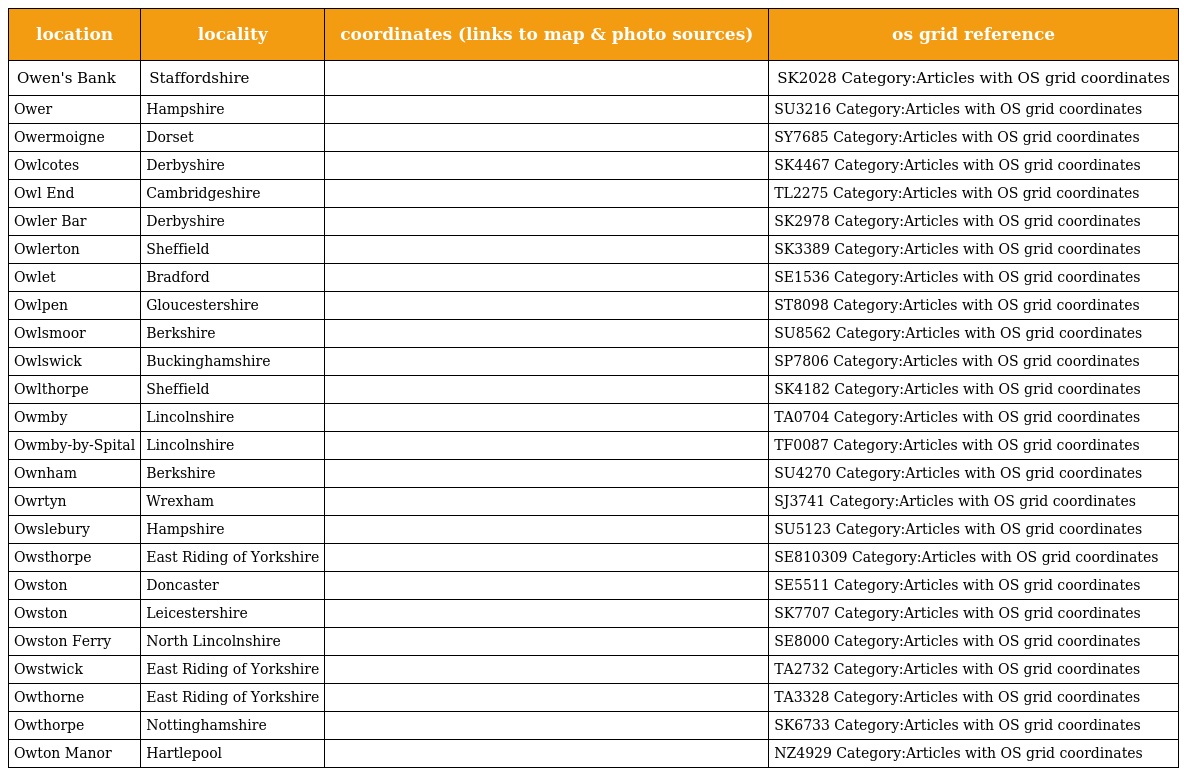
| location | locality | coordinates (links to map & photo sources) | os grid reference |
 | --- | --- | --- | --- |
 | Owen's Bank | Staffordshire |  | SK2028 Category:Articles with OS grid coordinates |
 | Ower | Hampshire |  | SU3216 Category:Articles with OS grid coordinates |
 | Owermoigne | Dorset |  | SY7685 Category:Articles with OS grid coordinates |
 | Owlcotes | Derbyshire |  | SK4467 Category:Articles with OS grid coordinates |
 | Owl End | Cambridgeshire |  | TL2275 Category:Articles with OS grid coordinates |
 | Owler Bar | Derbyshire |  | SK2978 Category:Articles with OS grid coordinates |
 | Owlerton | Sheffield |  | SK3389 Category:Articles with OS grid coordinates |
 | Owlet | Bradford |  | SE1536 Category:Articles with OS grid coordinates |
 | Owlpen | Gloucestershire |  | ST8098 Category:Articles with OS grid coordinates |
 | Owlsmoor | Berkshire |  | SU8562 Category:Articles with OS grid coordinates |
 | Owlswick | Buckinghamshire |  | SP7806 Category:Articles with OS grid coordinates |
 | Owlthorpe | Sheffield |  | SK4182 Category:Articles with OS grid coordinates |
 | Owmby | Lincolnshire |  | TA0704 Category:Articles with OS grid coordinates |
 | Owmby-by-Spital | Lincolnshire |  | TF0087 Category:Articles with OS grid coordinates |
 | Ownham | Berkshire |  | SU4270 Category:Articles with OS grid coordinates |
 | Owrtyn | Wrexham |  | SJ3741 Category:Articles with OS grid coordinates |
 | Owslebury | Hampshire |  | SU5123 Category:Articles with OS grid coordinates |
 | Owsthorpe | East Riding of Yorkshire |  | SE810309 Category:Articles with OS grid coordinates |
 | Owston | Doncaster |  | SE5511 Category:Articles with OS grid coordinates |
 | Owston | Leicestershire |  | SK7707 Category:Articles with OS grid coordinates |
 | Owston Ferry | North Lincolnshire |  | SE8000 Category:Articles with OS grid coordinates |
 | Owstwick | East Riding of Yorkshire |  | TA2732 Category:Articles with OS grid coordinates |
 | Owthorne | East Riding of Yorkshire |  | TA3328 Category:Articles with OS grid coordinates |
 | Owthorpe | Nottinghamshire |  | SK6733 Category:Articles with OS grid coordinates |
 | Owton Manor | Hartlepool |  | NZ4929 Category:Articles with OS grid coordinates |